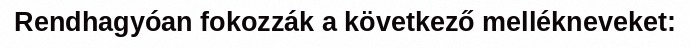
Rendhagyóan fokozzák a következő mellékneveket: